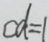
c d = 1